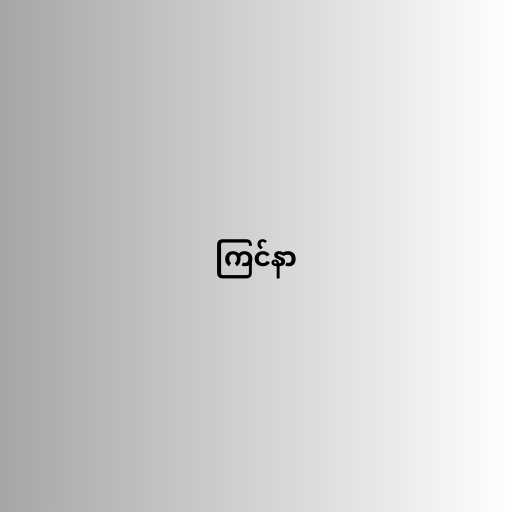
ကြင်နာ